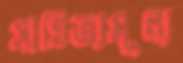
সাহিত্যমূল্য